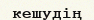
кешудің